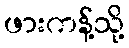
ဖားကန့်သို့